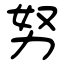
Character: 努